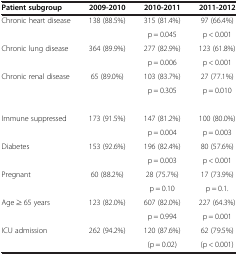
| Patient subgroup | 2009-2010 | 2010-2011 | 2011-2012 |
 | --- | --- | --- | --- |
 | Chronic heart disease | 138 (88.5%) | 315 (81.4%) | 97 (66.4%) |
 |  |  | p = 0.045 | p < 0.001 |
 | Chronic lung disease | 364 (89.9%) | 277 (82.9%) | 123 (61.8%) |
 |  |  | p = 0.006 | p < 0.001 |
 | Chronic renal disease | 65 (89.0%) | 103 (83.7%) | 27 (77.1%) |
 |  |  | p = 0.305 | p = 0.010 |
 |  |  |  |  |
 | Immune suppressed | 173 (91.5%) | 147 (81.2%) | 100 (80.0%) |
 |  |  | p = 0.004 | p = 0.003 |
 | Diabetes | 153 (92.6%) | 196 (82.4%) | 80 (57.6%) |
 |  |  | p = 0.003 | p < 0.001 |
 | Pregnant | 60 (88.2%) | 28 (75.7%) | 17 (73.9%) |
 |  |  | p = 0.10 | p = 0.1. |
 | Age ≥ 65 years | 123 (82.0%) | 607 (82.0%) | 227 (64.3%) |
 |  |  | p = 0.994 | p = 0.001 |
 | ICU admission | 262 (94.2%) | 120 (87.6%) | 62 (79.5%) |
 |  |  | (p = 0.02) | (p < 0.001) |